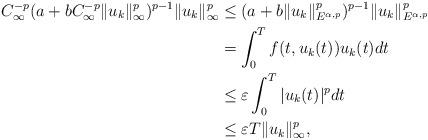
LaTeX: \begin{align*}C_\infty^{-p}(a+bC_\infty^{-p}\|u_k\|_\infty^p)^{p-1}\|u_k\|_\infty^p&\leq(a+b\|u_k\|_{E^{\alpha,p}}^p)^{p-1}\|u_k\|_{E^{\alpha,p}}^p\\&=\int_0^Tf(t,u_k(t))u_k(t)dt\\&\leq\varepsilon\int_0^T|u_k(t)|^pdt\\&\leq\varepsilon T\|u_k\|_\infty^p,\end{align*}